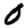
Digit: 0